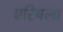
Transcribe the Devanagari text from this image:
एरियला